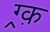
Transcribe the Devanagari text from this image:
ग्र्क़